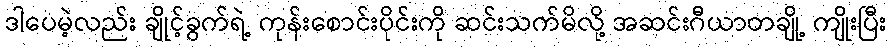
ဒါပေမဲ့လည်း ချိုင့်ခွက်ရဲ့ ကုန်းစောင်းပိုင်းကို ဆင်းသက်မိလို့ အဆင်းဂီယာတချို့ ကျိုးပြီး